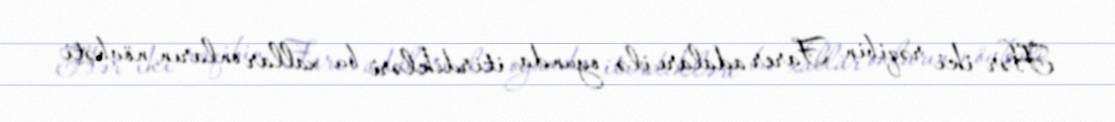
Hər iki rəqibin Farer adaları ilə oyunda itirdikləri bu xallar onların növbəti